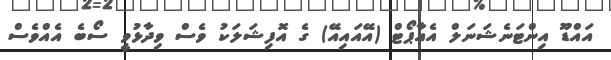
އައްޑޫ އިންޓަނެޝަނަލް އެއާޕޯޓް (އޭއައިއޭ) ގެ އޮފިޝަލަކު ވެސް ވިދާޅުވީ ސޯބެ އެއްވެސް